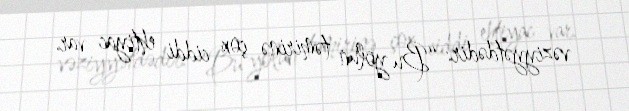
vəziyyətdədir: “Bu yolun təmirinə çox ciddi ehtiyac var.